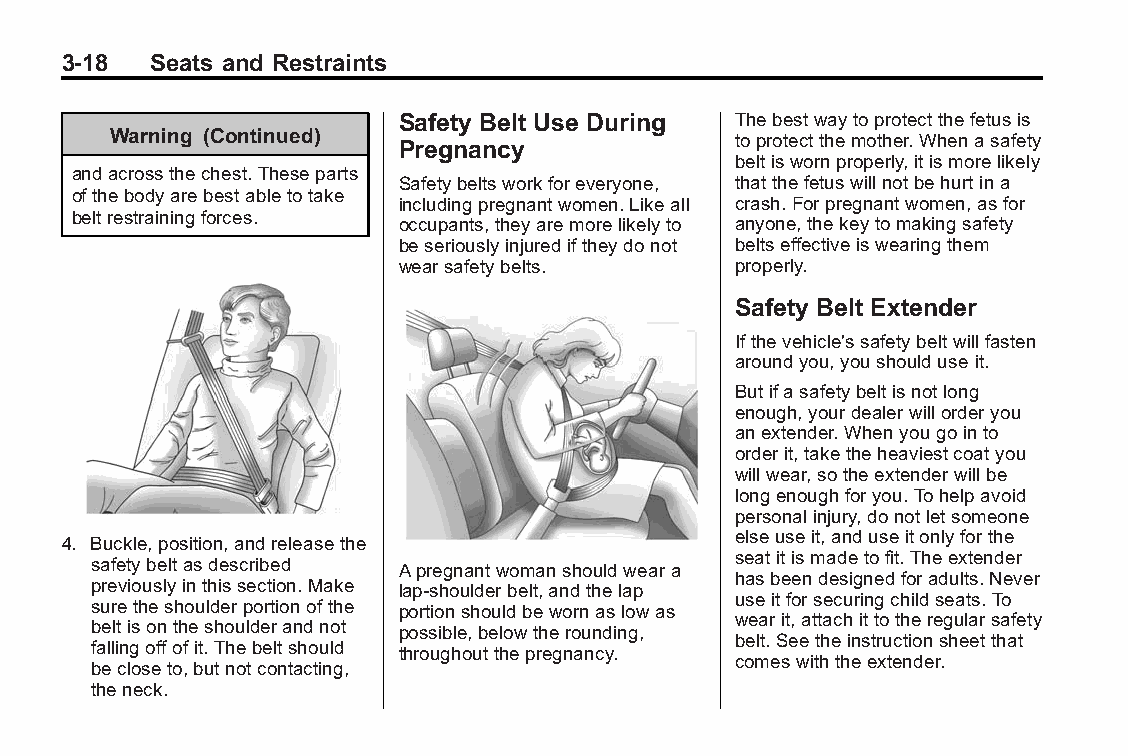
Buick LaCrosse Owner Manual (GMNA-Localizing-U.S./Canada/Mexico- Blackplate(18,1)
 6043609)-2014-2ndEdition-10/17/13
 3-18  Seats and Restraints
 Safety Belt Use During Thebestwaytoprotectthefetusis
 Warning (Continued)                      toprotectthemother.Whenasafety
 Pregnancy
 beltiswornproperly,itismorelikely
 andacrossthechest.Theseparts
 Safetybeltsworkforeveryone, thatthefetuswillnotbehurtina
 ofthebodyarebestabletotake
 includingpregnantwomen.Likeall crash.Forpregnantwomen,asfor
 beltrestrainingforces. occupants,theyaremorelikelyto anyone,thekeytomakingsafety
 beseriouslyinjurediftheydonot beltseffectiveiswearingthem
 wearsafetybelts.      properly.
 Safety Belt Extender
 Ifthevehicle'ssafetybeltwillfasten
 aroundyou,youshoulduseit.
 Butifasafetybeltisnotlong
 enough,yourdealerwillorderyou
 anextender.Whenyougointo
 orderit,taketheheaviestcoatyou
 willwear,sotheextenderwillbe
 longenoughforyou.Tohelpavoid
 personalinjury,donotletsomeone
 elseuseit,anduseitonlyforthe
 4. Buckle,position,andreleasethe
 seatitismadetofit.Theextender
 safetybeltasdescribed Apregnantwomanshouldweara
 hasbeendesignedforadults.Never
 previouslyinthissection.Make lap-shoulderbelt,andthelap
 useitforsecuringchildseats.To
 suretheshoulderportionofthe portionshouldbewornaslowas
 wearit,attachittotheregularsafety
 beltisontheshoulderandnot possible,belowtherounding,
 belt.Seetheinstructionsheetthat
 fallingoffofit.Thebeltshould throughoutthepregnancy.
 comeswiththeextender.
 becloseto,butnotcontacting,
 theneck.